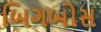
બિગબોસ